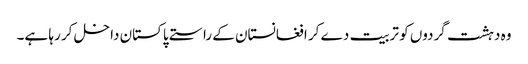
وہ دہشت گردوں کو تربیت دے کر افغانستان کے راستے پاکستان داخل کر رہا ہے۔